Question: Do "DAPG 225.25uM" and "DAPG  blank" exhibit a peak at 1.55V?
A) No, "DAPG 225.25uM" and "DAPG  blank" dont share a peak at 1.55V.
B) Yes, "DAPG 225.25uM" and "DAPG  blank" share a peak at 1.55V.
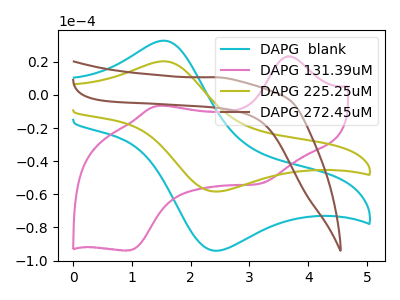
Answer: <think>The cyan curve "DAPG  blank" has an anodic peak at (1.55V, 32.80uA) and a cathodic peak at (2.40V, -94.00uA). The pink curve "DAPG 131.39uM" has anodic peaks at (3.65V, 23.35uA) (1.45V, -6.65uA) and cathodic peaks at (3.20V, -53.50uA) (0.95V, -93.90uA). The olive curve "DAPG 225.25uM" has an anodic peak at (1.55V, 20.30uA) and a cathodic peak at (2.40V, -58.30uA). The brown curve "DAPG 272.45uM" has no peaks.</think>
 <answer>B) Yes, "DAPG 225.25uM" and "DAPG  blank" share a peak at 1.55V.</answer>
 <eval>B</eval>